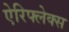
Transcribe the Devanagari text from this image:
ऐरिफ्लेक्स